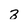
Character: 3